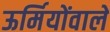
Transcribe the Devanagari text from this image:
ऊर्मियोंवाले